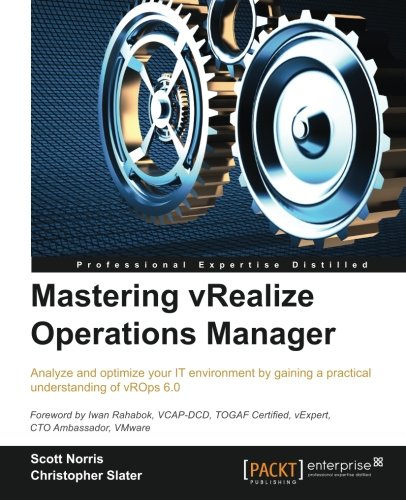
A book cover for Mastering vRealize Operations Manager; Scott Norris; Computers & Technology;